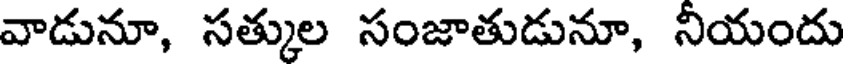
వాడునూ, సత్కుల సంజాతుడునూ, నియందు